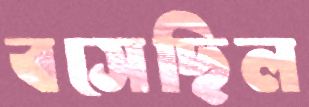
বসেছিল